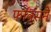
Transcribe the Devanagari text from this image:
फॉक्सने